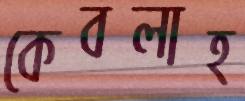
কেবলাহ